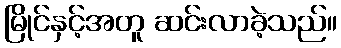
မြိုင်နှင့်အတူ ဆင်းလာခဲ့သည်။